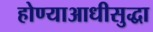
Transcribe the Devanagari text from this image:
होण्याआधीसुद्धा